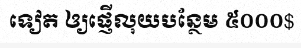
ទៀត ឲ្យផ្ញើលុយបន្ថែម ៥០០០$